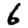
Digit: 6